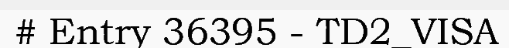
# Entry 36395 - TD2_VISA